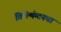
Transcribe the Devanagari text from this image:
विल्मिंग्टनचा